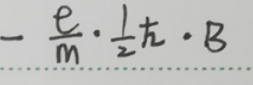
\[-\frac{e}{m}\cdot\frac{1}{2}\hbar\cdot B\]